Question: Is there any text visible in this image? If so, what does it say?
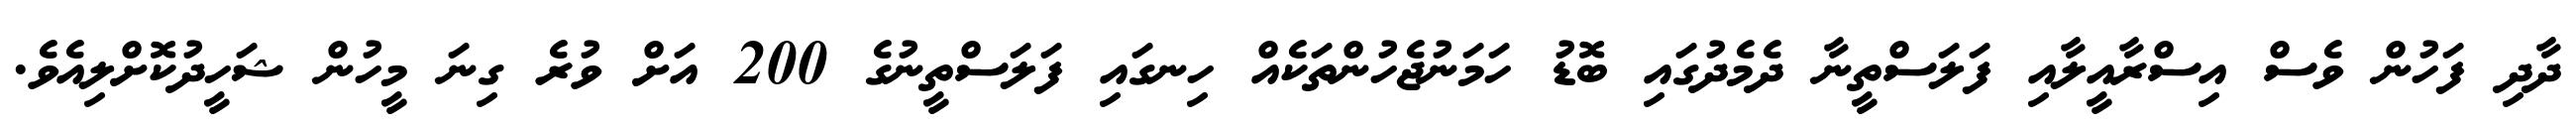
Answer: ދާދި ފަހުން ވެސް އިސްރާއީލާއި ފަލަސްތީނާ ދެމެދުގައި ބޮޑު ހަމަނުޖެހުންތަކެއް ހިނގައި ފަލަސްތީނުގެ 200 އަށް ވުރެ ގިނަ މީހުން ޝަހީދުކޮށްލިއެވެ.